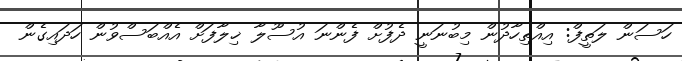
ހަސަން ލަތީފް: އިއްތިހާދުން މިބުނަނީ ދެފުށް ފެންނަ އުސޫލާ ޚިލާފަށް އެއްބަސްވުން ހަދައިގެން